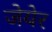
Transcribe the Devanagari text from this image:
जेयेर